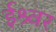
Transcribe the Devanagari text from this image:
ईश्र्वर